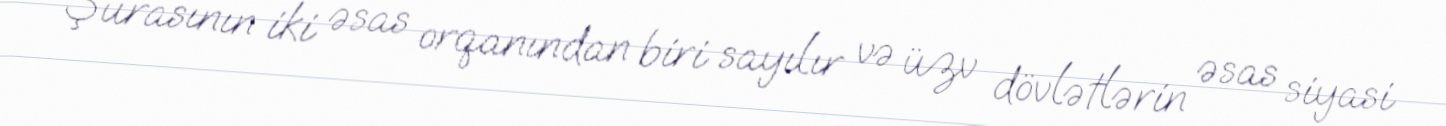
Şurasının iki əsas orqanından biri sayılır və üzv dövlətlərin əsas siyasi